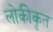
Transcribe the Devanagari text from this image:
लोकीकृत